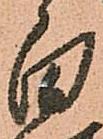
白